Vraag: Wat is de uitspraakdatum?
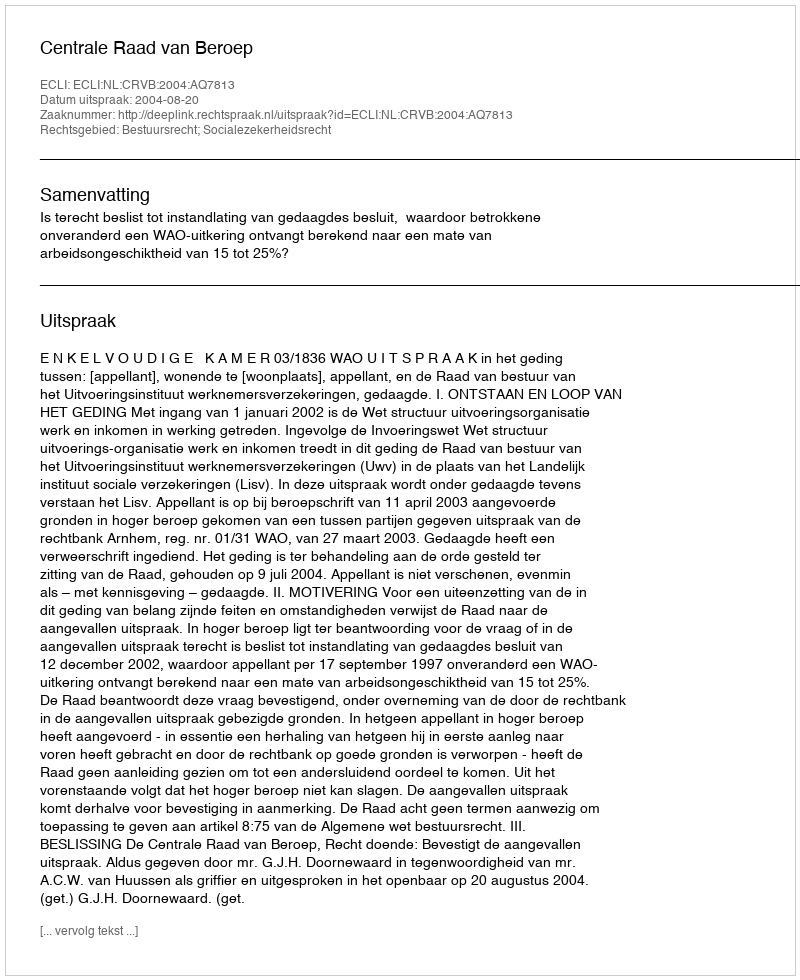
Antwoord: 2004-08-20